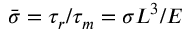
\bar { \sigma } = \tau _ { r } / \tau _ { m } = \sigma L ^ { 3 } / E